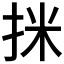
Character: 𢬊